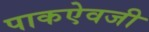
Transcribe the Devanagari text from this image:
पाकऐवजी